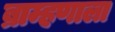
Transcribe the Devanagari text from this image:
ब्राम्हणाला